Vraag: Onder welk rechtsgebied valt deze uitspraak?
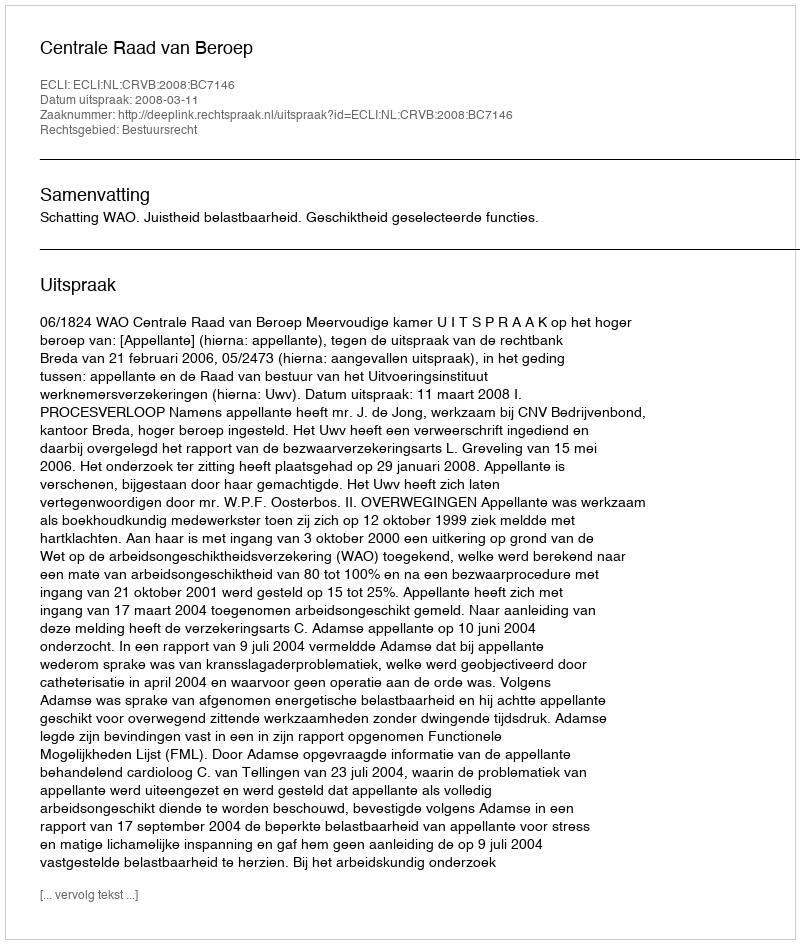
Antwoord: Bestuursrecht